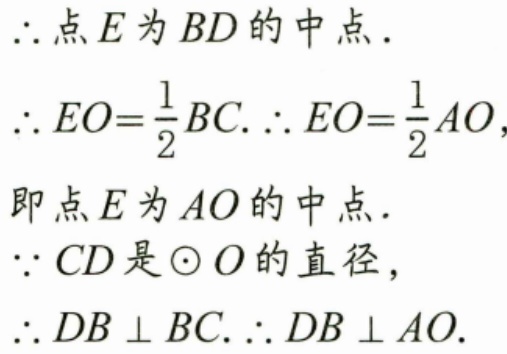
$\therefore$点$E$为$BD$的中点.
$\therefore EO=\frac{1}{2}BC.\therefore EO=\frac{1}{2}AO,$
即点$E$为$AO$的中点.
$\because CD$是$\odot O$的直径,
$\therefore DB\perp BC.\therefore DB\perp AO.$